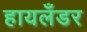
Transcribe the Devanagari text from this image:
हायलँडर